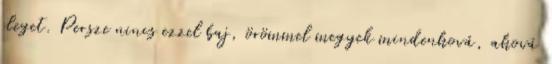
eleget. Persze nincs ezzel baj, örömmel megyek mindenhová, ahová